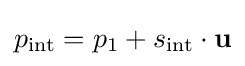
p_{\mathrm {int} }=p_{1}+s_{\mathrm {int} }\cdot \mathbf {u}